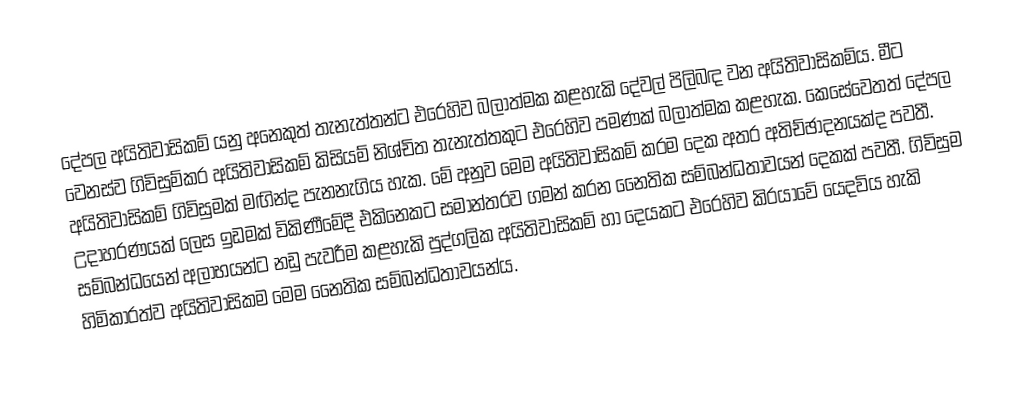
දේපල අයිතිවාසිකම් යනු අනෙකුත් තැනැත්තන්ට එරෙහිව බලාත්මක කළහැකි දේවල් පිලිබඳ වන අයිතිවාසිකම්ය. මීට වෙනස්ව ගිවිසුම්කර අයිතිවාසිකම් කිසියම් නිශ්චිත තැනැත්තකුට එරෙහිව පමණක් බලාත්මක කළහැක. කෙසේවෙතත් දේපල අයිතිවාසිකම් ගිවිසුමක් මඟින්ද පැනනැගිය හැක. මේ අනුව මෙම අයිතිවාසිකම් ක‍්‍රම දෙක අතර අතිච්ඡාදනයක්ද පවතී. උදාහරණයක් ලෙස ඉඩමක් විකිණීමේදී එකිනෙකට සමාන්තරව ගමන් කරන නෛතික සම්බන්ධතාවයන් දෙකක් පවතී. ගිවිසුම සම්බන්ධයෙන් අලාභයන්ට නඩු පැවරීම කළහැකි පුද්ගලික අයිතිවාසිකම් හා දෙයකට එරෙහිව කි‍්‍රයාවේ යෙදවිය හැකි හිමිකාරත්ව අයිතිවාසිකම මෙම නෛතික සම්බන්ධතාවයන්ය.